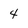
Character: 4